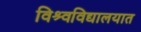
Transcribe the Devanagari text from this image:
विश्र्वविद्यालयात